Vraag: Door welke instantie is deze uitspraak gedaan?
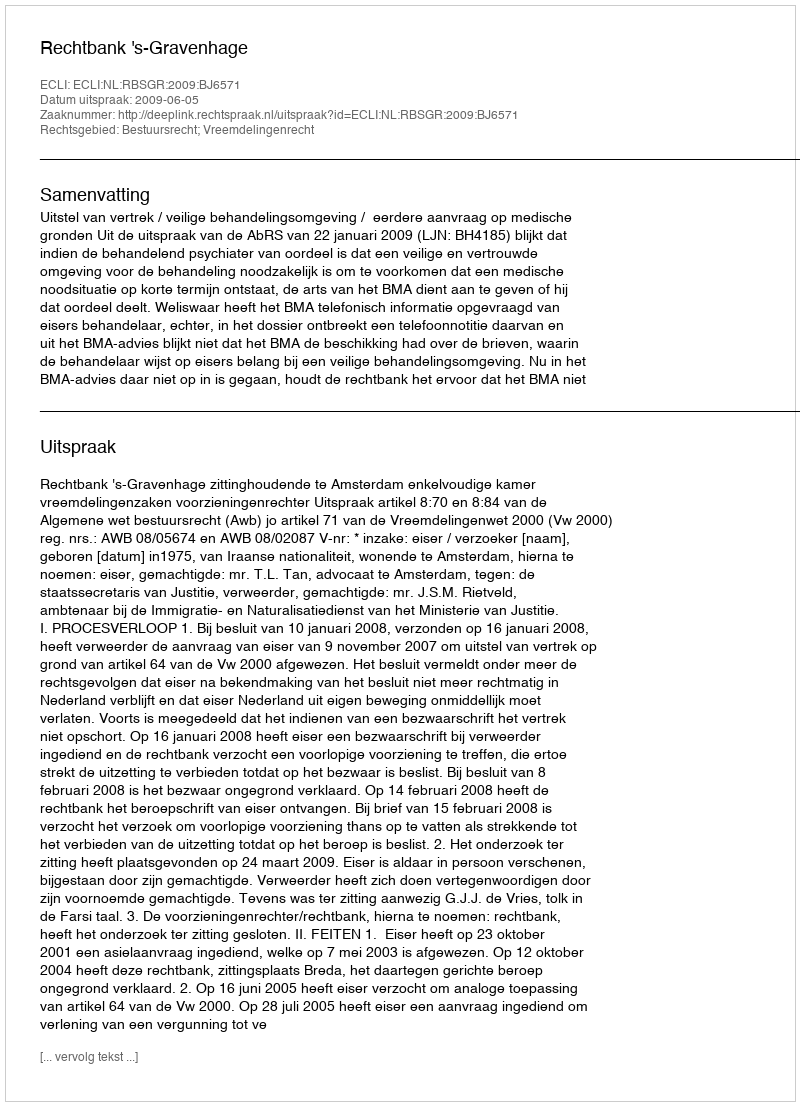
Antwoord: Rechtbank 's-Gravenhage